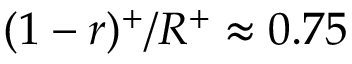
( 1 - r ) ^ { + } / R ^ { + } \approx 0 . 7 5